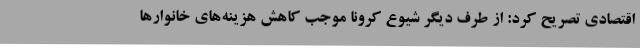
اقتصادی تصریح کرد: از طرف دیگر شیوع کرونا موجب کاهش هزینه‌های خانوارها